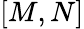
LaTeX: [M,N]